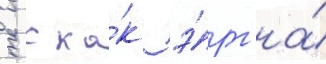
сгс ка́к э́рг на́